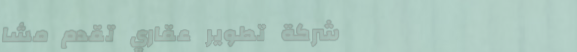
شركة تطوير عقاري تقدم مشا